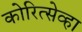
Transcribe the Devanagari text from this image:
कोरित्सेव्हा